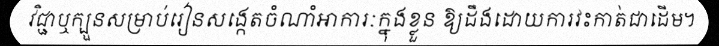
វិជ្ជាឬក្បួនសម្រាប់រៀនសង្កេតចំណាំអាការៈក្នុងខ្លួន ឱ្យដឹងដោយការវះកាត់ជាដើម។